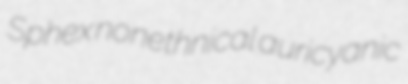
Sphex nonethnical auricyanic